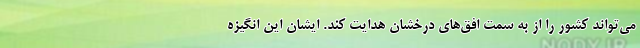
می‌تواند کشور را از به سمت افق‌های درخشان هدایت کند. ایشان این انگیزه